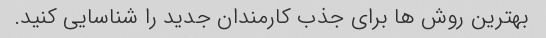
بهترین روش ها برای جذب کارمندان جدید را شناسایی کنید.